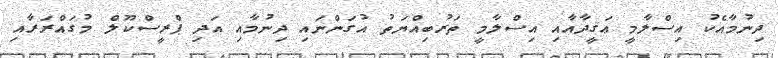
ދިނުމާއެކު އިސްލާމީ ޢަޤީދާއާއި އިސްލާމީ ތަރުބިއްޔަތު އުގަންނައި ދިނުމާއި އަދި ޕްރީސްކޫލް މުގައްރަރާއި